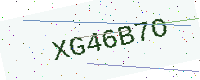
Text: XG46B7O